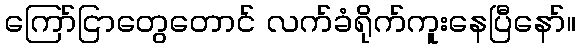
ကြော်ငြာတွေတောင် လက်ခံရိုက်ကူးနေပြီနော်။